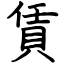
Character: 賃